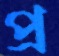
প্র